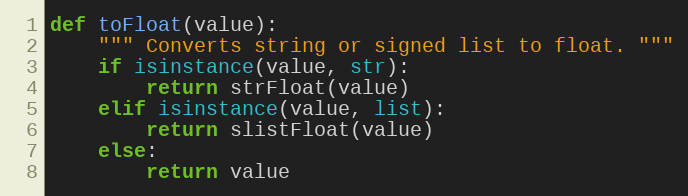
Language: Python
def toFloat(value):
    """ Converts string or signed list to float. """
    if isinstance(value, str):
        return strFloat(value)
    elif isinstance(value, list):
        return slistFloat(value)
    else:
        return value